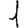
Digit: 1